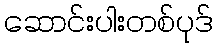
ဆောင်းပါးတစ်ပုဒ်